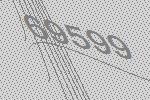
69599